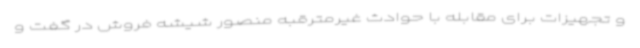
و تجهیزات برای مقابله با حوادث غیرمترقبه منصور شیشه فروش در گفت و